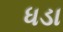
ધડા